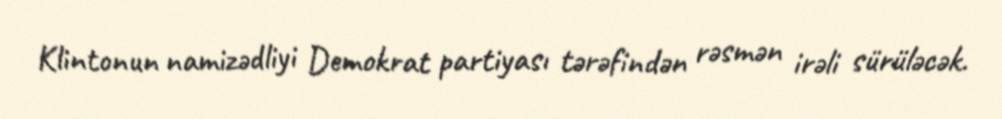
Klintonun namizədliyi Demokrat partiyası tərəfindən rəsmən irəli sürüləcək.